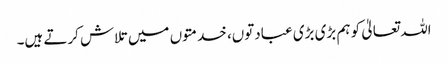
اللہ تعالیٰ کو ہم بڑی بڑی عبادتوں، خدمتوں میں تلاش کرتے ہیں۔